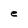
Character: e